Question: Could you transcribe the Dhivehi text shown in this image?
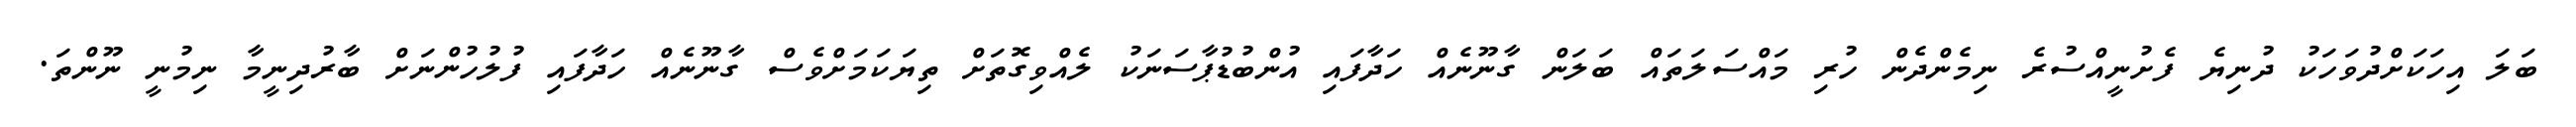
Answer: ބަލަ އިހަކަށްދުވަހަކު ދުނިޔެ ފެށުނީއްސުރެ ނިމެންދެން ހުރި މައްސަލަތައް ބަލަން ގާނޫނެއް ހަދާފައި އުންބުޑުޕާސަނަކު ލެއްވިގޮތަށް ތިޔަކަމަށްވެސް ގާނޫނެއް ހަދާފައި ފުލުހުންނަށް ބާރުދިނީމާ ނިމުނީ ނޫންތަ.